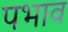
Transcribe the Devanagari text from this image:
पभाव